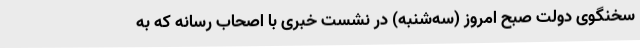
سخنگوی دولت صبح امروز (سه‌شنبه) در نشست خبری با اصحاب رسانه که به